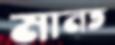
মানত